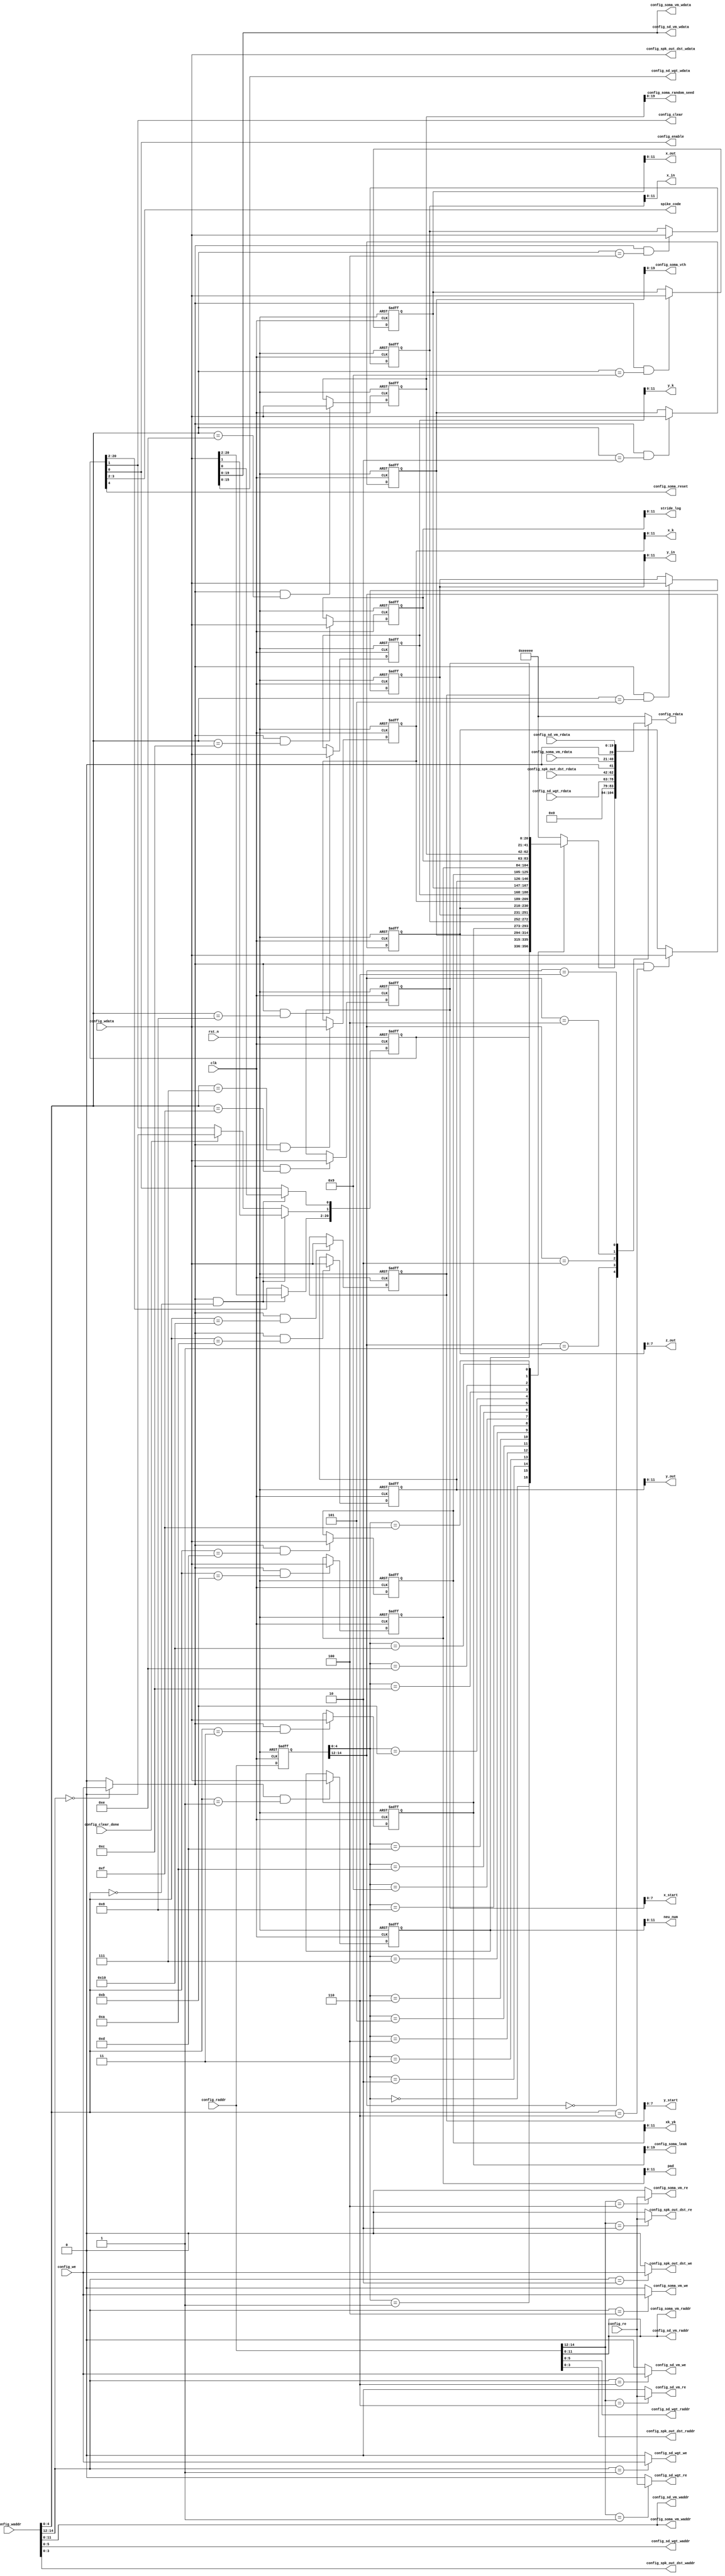
//-------------------------------------------------------------------------
// 
//
// Release version  : 1.0
// Release date     : 2020-08-12
// Description      :
//
//-------------------------------------------------------------------------

module configurator #(
    parameter CDW = 21, // config data width
    parameter CAW = 15, // config addres width
    parameter ATW = 3, // address type width
    parameter NNW = 12, // neural number width
    parameter WW = 16, // weight width
    parameter WD = 6, // weight depth (8x8)
    parameter VW = 20, // Vm width
    parameter SW = 24, // spk width, (x,y,z)
    parameter CODE_WIDTH = 2, // spike code width
    parameter DST_WIDTH = 21, // x+y+r2+r1+flg
    parameter DST_DEPTH = 4 // dst node depth
) (
    // port list
    input  clk,
    input  rst_n,
    // sd
    output reg config_sd_vm_we,
    output [NNW-1:0] config_sd_vm_waddr,
    output [VW-1:0] config_sd_vm_wdata,
    output reg config_sd_vm_re,
    output [NNW-1:0] config_sd_vm_raddr,
    input  [VW-1:0] config_sd_vm_rdata,
    output reg config_sd_wgt_we,
    output [WD-1:0] config_sd_wgt_waddr,
    output [WW-1:0] config_sd_wgt_wdata,
    output reg config_sd_wgt_re,
    output [WD-1:0] config_sd_wgt_raddr,
    input  [WW-1:0] config_sd_wgt_rdata,
    // soma
    output reg config_soma_vm_we,
    output [NNW-1:0] config_soma_vm_waddr,
    output [VW-1:0] config_soma_vm_wdata,
    output reg config_soma_vm_re,
    output [NNW-1:0] config_soma_vm_raddr,
    input  [VW-1:0] config_soma_vm_rdata,
    output [VW-1:0] config_soma_random_seed,
    // spk_out
    output reg config_spk_out_dst_we,
    output [DST_DEPTH-1:0] config_spk_out_dst_waddr,
    output [DST_WIDTH-1:0] config_spk_out_dst_wdata,
    output reg config_spk_out_dst_re,
    output [DST_DEPTH-1:0] config_spk_out_dst_raddr,
    input  [DST_WIDTH-1:0] config_spk_out_dst_rdata,
    // config_ctrl
    input  config_we,
    input  [CAW-1:0] config_waddr,
    input  [CDW-1:0] config_wdata,
    input  config_re,
    input  [CAW-1:0] config_raddr,
    output reg [CDW-1:0] config_rdata,
    // param
    output [NNW-1:0] xk_yk, // x_k * y_k 
    output [NNW-1:0] x_in,
    output [NNW-1:0] x_out,
    output [NNW-1:0] x_k,
    output [NNW-1:0] y_in,
    output [NNW-1:0] y_out,
    output [NNW-1:0] y_k,
    output [SW/3-1:0] z_out,
    output [NNW-1:0] pad,
    output [NNW-1:0] stride_log,
    output [SW/3-1:0] x_start,
    output [SW/3-1:0] y_start,
    // ctrl signal
    output config_enable,
    output config_clear,
    input  config_clear_done,
    output [NNW-1:0] neu_num,
    output [CODE_WIDTH-1:0] spike_code,
    output config_soma_reset,
    output [VW-1:0] config_soma_vth,
    output [VW-1:0] config_soma_leak
);

// TODO reg bank depth
localparam REG_DEPTH = 5;

// address define
localparam CFG_REG  = 3'b000;
localparam WGT_MEM  = 3'b001;
localparam DST_MEM  = 3'b010;
localparam VM_MEM   = 3'b100;
localparam VM_BUF   = 3'b110;
localparam STATUS   = 5'h0;
localparam NEU_NUM  = 5'h1;
localparam VTH      = 5'h2;
localparam LEAK     = 5'h3;
localparam X_IN     = 5'h4;
localparam Y_IN     = 5'h5;
localparam Z_OUT    = 5'h6;
localparam X_K      = 5'h7;
localparam Y_K      = 5'h8;
localparam X_OUT    = 5'h9;
localparam Y_OUT    = 5'ha;
localparam PAD      = 5'hb;
localparam STRIDE_LOG = 5'hc;
localparam XK_YK      = 5'hd;
localparam RAND_SEED  = 5'he;
localparam X_START    = 5'hf;
localparam Y_START    = 5'h10;

// reg bank
reg  [CDW-1:0] nm_status;
reg  [CDW-1:0] nm_neu_num;
reg  [CDW-1:0] nm_vth;
reg  [CDW-1:0] nm_leak;
reg  [CDW-1:0] nm_x_in;
reg  [CDW-1:0] nm_y_in;
reg  [CDW-1:0] nm_x_k;
reg  [CDW-1:0] nm_y_k;
reg  [CDW-1:0] nm_x_out;
reg  [CDW-1:0] nm_y_out;
reg  [CDW-1:0] nm_z_out;
reg  [CDW-1:0] nm_pad;
reg  [CDW-1:0] nm_stride_log;
reg  [CDW-1:0] nm_xk_yk;
reg  [CDW-1:0] nm_random_seed;
reg  [CDW-1:0] nm_x_start;
reg  [CDW-1:0] nm_y_start;

wire nm_status_we;
wire nm_neu_num_we;
wire nm_vth_we;
wire nm_leak_we;
wire nm_x_in_we;
wire nm_y_in_we;
wire nm_z_out_we;
wire nm_x_k_we;
wire nm_y_k_we;
wire nm_x_out_we;
wire nm_y_out_we;
wire nm_pad_we;
wire nm_stride_log_we;
wire nm_xk_yk_we;
wire nm_random_seed_we;
wire nm_x_start_we;
wire nm_y_start_we;

reg  config_reg_we;
reg  config_reg_re;
reg  [CAW-1:0] config_raddr_dly;
wire [REG_DEPTH-1:0] config_reg_waddr;
wire [REG_DEPTH-1:0] config_reg_raddr;
wire [CDW-1:0] config_reg_wdata;
reg  [CDW-1:0] config_reg_rdata;

// output map
assign config_soma_random_seed = nm_random_seed[VW-1:0];
assign xk_yk = nm_xk_yk[NNW-1:0];
assign x_in = nm_x_in[NNW-1:0];
assign x_out = nm_x_out[NNW-1:0];
assign x_k = nm_x_k[NNW-1:0];
assign y_in = nm_y_in[NNW-1:0];
assign y_out = nm_y_out[NNW-1:0];
assign y_k = nm_y_k[NNW-1:0];
assign z_out = nm_z_out[SW/3-1:0];
assign pad = nm_pad[NNW-1:0];
assign stride_log = nm_stride_log[NNW-1:0];
assign config_enable = nm_status[0];
assign config_clear = nm_status[1];
assign config_soma_reset = nm_status[4];
assign spike_code = nm_status[3:2];
assign neu_num = nm_neu_num[NNW-1:0];
assign config_soma_vth = nm_vth[VW-1:0];
assign config_soma_leak = nm_leak[VW-1:0];
assign x_start = nm_x_start[SW/3-1:0];
assign y_start = nm_y_start[SW/3-1:0];

// write enable map
always @(*) begin
    config_reg_we = 1'b0;
    config_sd_vm_we = 1'b0;
    config_sd_wgt_we = 1'b0;
    config_soma_vm_we = 1'b0;
    config_spk_out_dst_we = 1'b0;
    case(config_waddr[CAW-1:CAW-ATW])
        CFG_REG : begin
            config_reg_we = config_we;
        end
        WGT_MEM : begin
            config_sd_wgt_we = config_we;
        end
        DST_MEM : begin
            config_spk_out_dst_we = config_we;
        end
        VM_MEM : begin
            config_soma_vm_we = config_we;
        end
        VM_BUF : begin
            config_sd_vm_we = config_we;
        end
        default : begin
            // free
        end
    endcase
end
// write address map
assign config_reg_waddr = config_waddr[REG_DEPTH-1:0];
assign config_sd_wgt_waddr = config_waddr[WD-1:0];
assign config_spk_out_dst_waddr = config_waddr[DST_DEPTH-1:0];
assign config_soma_vm_waddr = config_waddr[NNW-1:0];
assign config_sd_vm_waddr = config_waddr[NNW-1:0];

// write data map
assign config_reg_wdata = config_wdata;
assign config_sd_wgt_wdata = config_wdata[WW-1:0];
assign config_spk_out_dst_wdata = config_wdata[DST_WIDTH-1:0];
assign config_soma_vm_wdata = config_wdata[VW-1:0];
assign config_sd_vm_wdata = config_wdata[VW-1:0];

// read enable map
always @(*) begin
    case(config_raddr[CAW-1:CAW-ATW])
        CFG_REG : begin
            config_reg_re = config_re;
            config_sd_vm_re = 1'b0;
            config_sd_wgt_re = 1'b0;
            config_soma_vm_re = 1'b0;
            config_spk_out_dst_re = 1'b0;
        end
        WGT_MEM : begin
            config_sd_wgt_re = config_re;
            config_reg_re = 1'b0;
            config_sd_vm_re = 1'b0;
            config_soma_vm_re = 1'b0;
            config_spk_out_dst_re = 1'b0;
        end
        DST_MEM : begin
            config_spk_out_dst_re = config_re;
            config_reg_re = 1'b0;
            config_sd_vm_re = 1'b0;
            config_sd_wgt_re = 1'b0;
            config_soma_vm_re = 1'b0;
        end
        VM_MEM : begin
            config_soma_vm_re = config_re;
            config_reg_re = 1'b0;
            config_sd_vm_re = 1'b0;
            config_sd_wgt_re = 1'b0;
            config_spk_out_dst_re = 1'b0;
        end
        VM_BUF : begin
            config_sd_vm_re = config_re;
            config_reg_re = 1'b0;
            config_sd_wgt_re = 1'b0;
            config_soma_vm_re = 1'b0;
            config_spk_out_dst_re = 1'b0;
        end
        default : begin
            config_reg_re = 1'b0;
            config_sd_vm_re = 1'b0;
            config_sd_wgt_re = 1'b0;
            config_soma_vm_re = 1'b0;
            config_spk_out_dst_re = 1'b0;
        end
    endcase
end

// read address map
assign config_reg_raddr = config_raddr_dly[REG_DEPTH-1:0];
assign config_sd_wgt_raddr = config_raddr[WD-1:0];
assign config_spk_out_dst_raddr = config_raddr[DST_DEPTH-1:0];
assign config_soma_vm_raddr = config_raddr[NNW-1:0];
assign config_sd_vm_raddr = config_raddr[NNW-1:0];

// read data map
always @(posedge clk or negedge rst_n) begin
    if (!rst_n) begin
        config_raddr_dly <= {CAW{1'b0}};
    end
    else begin
        config_raddr_dly <= config_raddr;
    end
end

always @( *) begin
    case (config_raddr_dly[CAW-1:CAW-ATW])
        CFG_REG : begin
            config_rdata = config_reg_rdata;
        end
        WGT_MEM : begin
            config_rdata = {{(CDW-WW){1'b0}},config_sd_wgt_rdata};
        end
        DST_MEM : begin
            config_rdata = {{(CDW-DST_WIDTH){1'b0}},config_spk_out_dst_rdata};
        end
        VM_MEM : begin
            config_rdata = {{(CDW-VW){1'b0}},config_soma_vm_rdata};
        end
        VM_BUF : begin
            config_rdata = {{(CDW-VW){1'b0}},config_sd_vm_rdata};
        end
        default : begin
            config_rdata = {(CDW/4){4'hE}};
        end
    endcase
end

always @(*) begin
    case (config_reg_raddr)
        STATUS : begin
            config_reg_rdata = nm_status;
        end
        NEU_NUM : begin
            config_reg_rdata = nm_neu_num;
        end
        VTH : begin
            config_reg_rdata = nm_vth;
        end
        LEAK : begin
            config_reg_rdata = nm_leak;
        end
        X_IN : begin
            config_reg_rdata = nm_x_in;
        end
        Y_IN : begin
            config_reg_rdata = nm_y_in;
        end
        Z_OUT : begin
            config_reg_rdata = nm_z_out;
        end
        X_K : begin
            config_reg_rdata = nm_x_k;
        end
        Y_K : begin
            config_reg_rdata = nm_y_k;
        end
        X_OUT : begin
            config_reg_rdata = nm_x_out;
        end
        Y_OUT : begin
            config_reg_rdata = nm_y_out;
        end
        XK_YK : begin
            config_reg_rdata = nm_xk_yk;
        end
        PAD : begin
            config_reg_rdata = nm_pad;
        end
        STRIDE_LOG : begin
            config_reg_rdata = nm_stride_log;
        end
        RAND_SEED : begin
            config_reg_rdata = nm_random_seed;
        end
        X_START : begin
            config_reg_rdata = nm_x_start;
        end
        Y_START : begin
            config_reg_rdata = nm_y_start;
        end
        default : begin
            config_reg_rdata = {(CDW/4){4'hE}};
        end
    endcase
end

// status reg
assign nm_status_we = config_reg_we && (config_reg_waddr == STATUS);
always @(posedge clk or negedge rst_n) begin
    if (!rst_n) begin
        nm_status <= {CDW{1'b0}};
    end
    else if (nm_status_we) begin
        nm_status <= config_reg_wdata;
    end
    else if (config_clear_done) begin
        nm_status[1] <= 1'b0;
    end
end

// neu_num reg
assign nm_neu_num_we = config_reg_we && (config_reg_waddr == NEU_NUM);
always @(posedge clk or negedge rst_n) begin
    if (!rst_n) begin
        nm_neu_num <= {CDW{1'b0}};
    end
    else if (nm_neu_num_we) begin
        nm_neu_num <= config_reg_wdata;
    end
end

// vth reg
assign nm_vth_we = config_reg_we && (config_reg_waddr == VTH);
always @(posedge clk or negedge rst_n) begin
    if (!rst_n) begin
        nm_vth <= {CDW{1'b0}};
    end
    else if (nm_vth_we) begin
        nm_vth <= config_reg_wdata;
    end
end

// leak reg
assign nm_leak_we = config_reg_we && (config_reg_waddr == LEAK);
always @(posedge clk or negedge rst_n) begin
    if (!rst_n) begin
        nm_leak <= {CDW{1'b0}};
    end
    else if (nm_leak_we) begin
        nm_leak <= config_reg_wdata;
    end
end

// x_in reg
assign nm_x_in_we = config_reg_we && (config_reg_waddr == X_IN);
always @(posedge clk or negedge rst_n) begin
    if (!rst_n) begin
        nm_x_in <= {CDW{1'b0}};
    end
    else if (nm_x_in_we) begin
        nm_x_in <= config_reg_wdata;
    end
end

// y_in reg
assign nm_y_in_we = config_reg_we && (config_reg_waddr == Y_IN);
always @(posedge clk or negedge rst_n) begin
    if (!rst_n) begin
        nm_y_in <= {CDW{1'b0}};
    end
    else if (nm_y_in_we) begin
        nm_y_in <= config_reg_wdata;
    end
end

// z reg
assign nm_z_out_we = config_reg_we && (config_reg_waddr == Z_OUT);
always @(posedge clk or negedge rst_n) begin
    if (!rst_n) begin
        nm_z_out <= {CDW{1'b0}};
    end
    else if (nm_z_out_we) begin
        nm_z_out <= config_reg_wdata;
    end
end

// x_k reg
assign nm_x_k_we = config_reg_we && (config_reg_waddr == X_K);
always @(posedge clk or negedge rst_n) begin
    if (!rst_n) begin
        nm_x_k <= {CDW{1'b0}};
    end
    else if (nm_x_k_we) begin
        nm_x_k <= config_reg_wdata;
    end
end

// y_k reg
assign nm_y_k_we = config_reg_we && (config_reg_waddr == Y_K);
always @(posedge clk or negedge rst_n) begin
    if (!rst_n) begin
        nm_y_k <= {CDW{1'b0}};
    end
    else if (nm_y_k_we) begin
        nm_y_k <= config_reg_wdata;
    end
end

// x_out reg
assign nm_x_out_we = config_reg_we && (config_reg_waddr == X_OUT);
always @(posedge clk or negedge rst_n) begin
    if (!rst_n) begin
        nm_x_out <= {CDW{1'b0}};
    end
    else if (nm_x_out_we) begin
        nm_x_out <= config_reg_wdata;
    end
end

// y_out reg
assign nm_y_out_we = config_reg_we && (config_reg_waddr == Y_OUT);
always @(posedge clk or negedge rst_n) begin
    if (!rst_n) begin
        nm_y_out <= {CDW{1'b0}};
    end
    else if (nm_y_out_we) begin
        nm_y_out <= config_reg_wdata;
    end
end

// xk_yk reg
assign nm_xk_yk_we = config_reg_we && (config_reg_waddr == XK_YK);
always @(posedge clk or negedge rst_n) begin
    if (!rst_n) begin
        nm_xk_yk <= {CDW{1'b0}};
    end
    else if (nm_xk_yk_we) begin
        nm_xk_yk <= config_reg_wdata;
    end
end

// pad reg
assign nm_pad_we = config_reg_we && (config_reg_waddr == PAD);
always @(posedge clk or negedge rst_n) begin
    if (!rst_n) begin
        nm_pad <= {CDW{1'b0}};
    end
    else if (nm_pad_we) begin
        nm_pad <= config_reg_wdata;
    end
end

// stride_log reg
assign nm_stride_log_we = config_reg_we && (config_reg_waddr == STRIDE_LOG);
always @(posedge clk or negedge rst_n) begin
    if (!rst_n) begin
        nm_stride_log <= {CDW{1'b0}};
    end
    else if (nm_stride_log_we) begin
        nm_stride_log <= config_reg_wdata;
    end
end

// random seed reg
assign nm_random_seed_we = config_reg_we && (config_reg_waddr == RAND_SEED);
always @(posedge clk or negedge rst_n) begin
    if (!rst_n) begin
        nm_random_seed <= {CDW{1'b0}};
    end
    else if (nm_random_seed_we) begin
        nm_random_seed <= config_reg_wdata;
    end
end

// x_start reg
assign nm_x_start_we = config_reg_we && (config_reg_waddr == X_START);
always @(posedge clk or negedge rst_n) begin
    if (!rst_n) begin
        nm_x_start <= {CDW{1'b0}};
    end
    else if (nm_x_start_we) begin
        nm_x_start <= config_reg_wdata;
    end
end

// y_start reg
assign nm_y_start_we = config_reg_we && (config_reg_waddr == Y_START);
always @(posedge clk or negedge rst_n) begin
    if (!rst_n) begin
        nm_y_start <= {CDW{1'b0}};
    end
    else if (nm_y_start_we) begin
        nm_y_start <= config_reg_wdata;
    end
end

endmodule